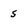
Character: 5